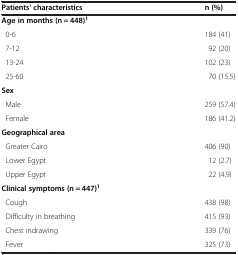
<table><thead><tr><td><b>Patients&#x27; characteristics</b></td><td><b>n (%)</b></td></tr></thead><tbody><tr><td colspan="2"><b>Age in months (n = 448)</b><sup><b>1</b></sup></td></tr><tr><td> 0-6</td><td>184 (41)</td></tr><tr><td> 7-12</td><td>92 (20)</td></tr><tr><td> 13-24</td><td>102 (23)</td></tr><tr><td> 25-60</td><td>70 (15.5)</td></tr><tr><td colspan="2"><b>Sex</b></td></tr><tr><td> Male</td><td>259 (57.4)</td></tr><tr><td> Female</td><td>186 (41.2)</td></tr><tr><td colspan="2"><b>Geographical area</b></td></tr><tr><td> Greater Cairo</td><td>406 (90)</td></tr><tr><td> Lower Egypt</td><td>12 (2.7)</td></tr><tr><td> Upper Egypt</td><td>22 (4.9)</td></tr><tr><td colspan="2"><b>Clinical symptoms (n = 447)</b><sup><b>1</b></sup></td></tr><tr><td> Cough</td><td>438 (98)</td></tr><tr><td> Difficulty in breathing</td><td>415 (93)</td></tr><tr><td> Chest indrawing</td><td>339 (76)</td></tr><tr><td> Fever</td><td>325 (73)</td></tr></tbody></table>